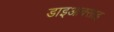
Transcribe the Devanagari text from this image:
डाइआक्साइ